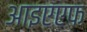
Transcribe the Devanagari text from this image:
आइएएफ